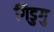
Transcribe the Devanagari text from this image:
गिडुगु